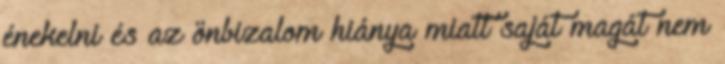
énekelni és az önbizalom hiánya miatt saját magát nem